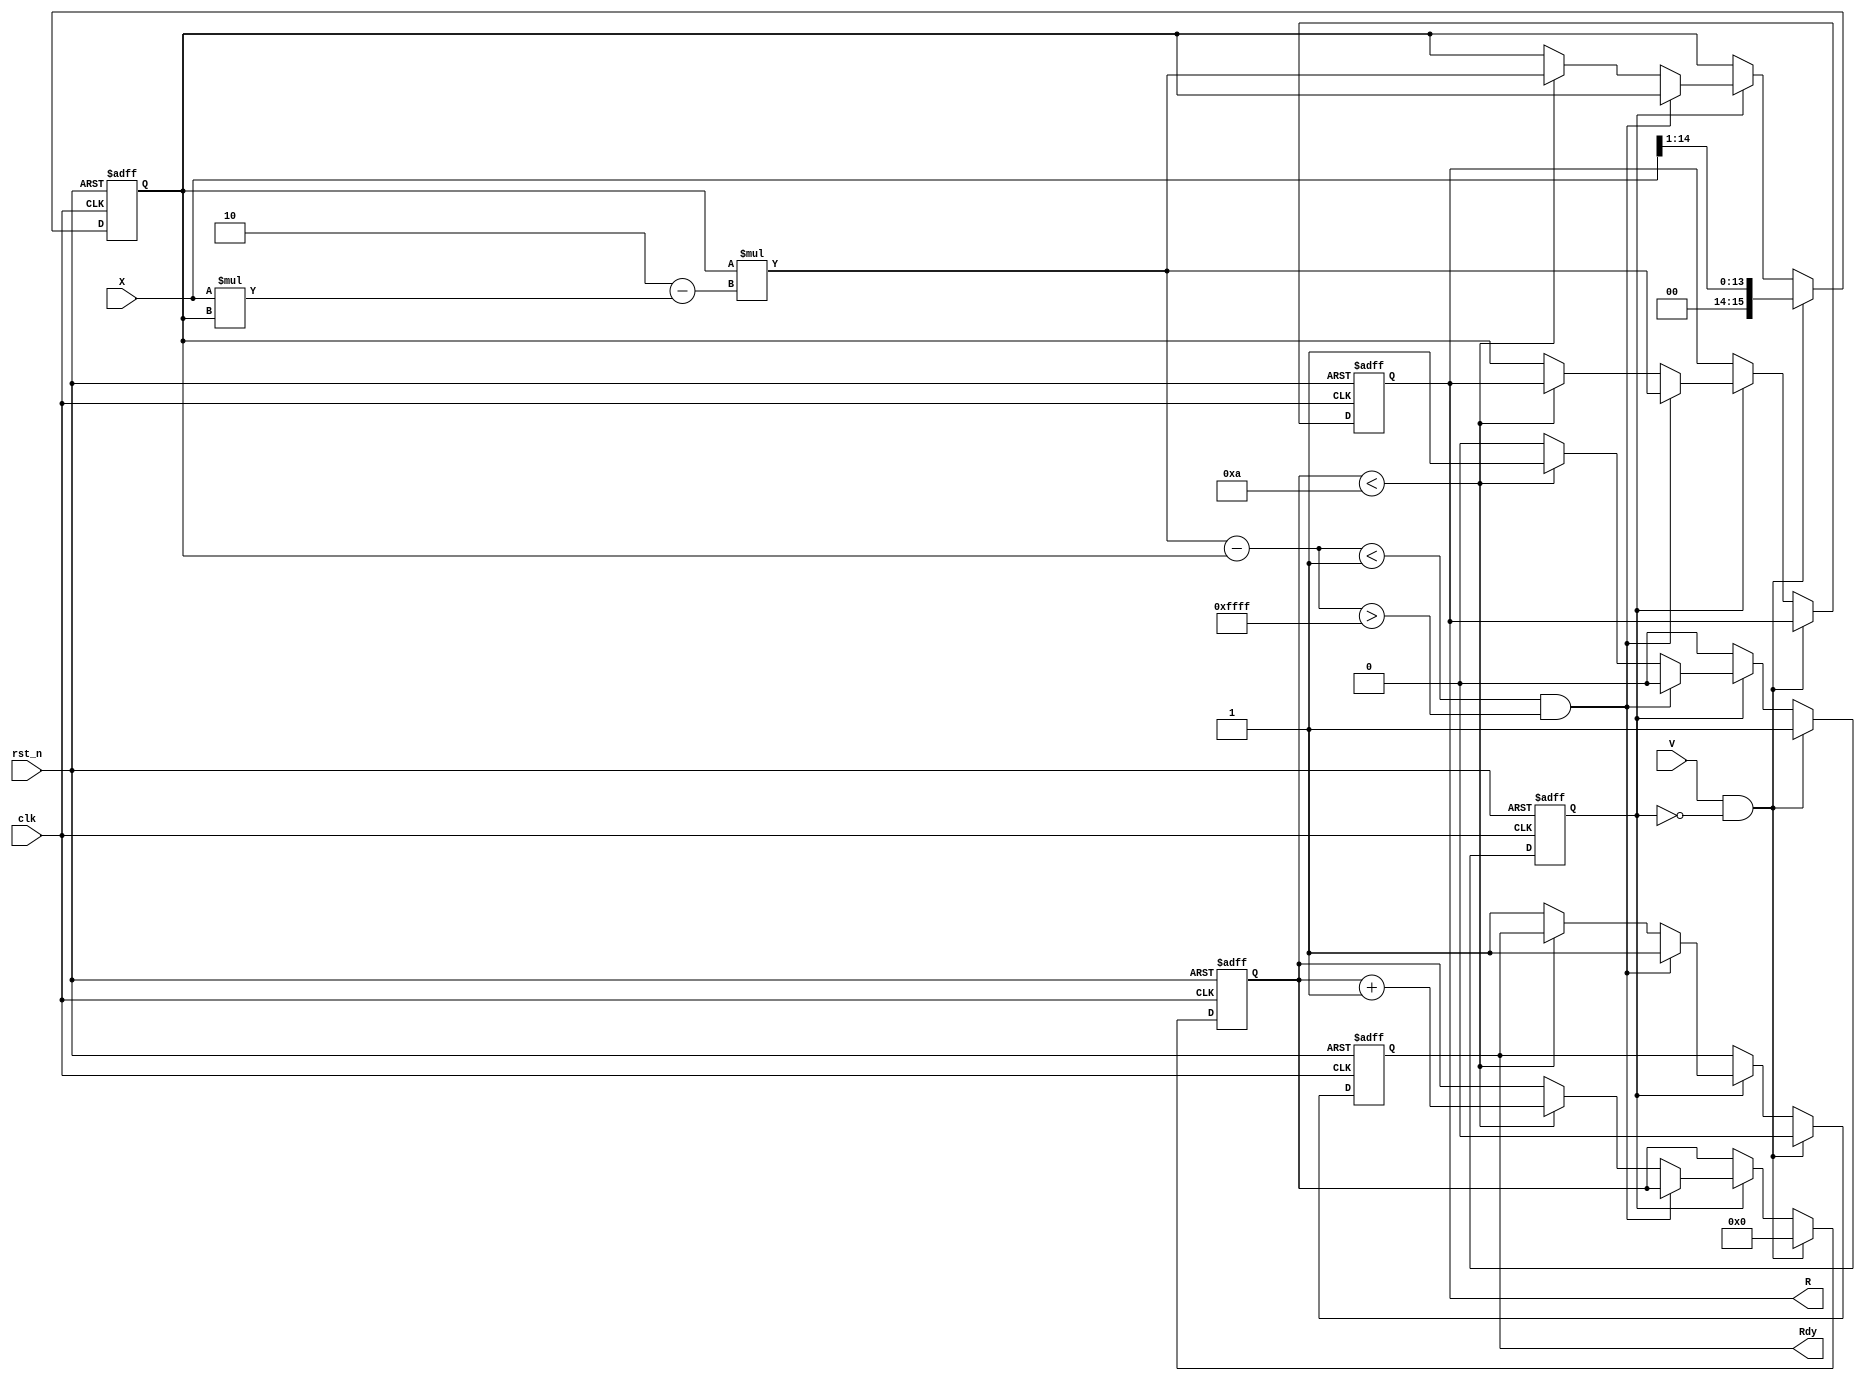
module iterative_reciprocal #(
    parameter N = 16,          // Bit-width for input and output
    parameter MAX_ITER = 10,   // Maximum number of iterations
    parameter THRESHOLD = 16'h0001 // Convergence threshold
)(
    input wire clk,            // Clock signal
    input wire rst_n,          // Active low reset
    input wire [N-1:0] X,      // Input value (0 < X < 1)
    input wire V,              // Valid signal
    output reg [N-1:0] R,      // Output reciprocal
    output reg Rdy             // Ready signal
);

    reg [N-1:0] R_est;         // Current estimate of the reciprocal
    reg [N-1:0] R_next;        // Next estimate of the reciprocal
    reg [N-1:0] delta;         // Difference between estimates
    reg [3:0] iter_count;      // Iteration counter
    reg computing;             // Flag to indicate computation state

    // Initialize the reciprocal estimate on valid input
    always @(posedge clk or negedge rst_n) begin
        if (!rst_n) begin
            R <= 0;
            Rdy <= 0;
            R_est <= 0;
            iter_count <= 0;
            computing <= 0;
        end else if (V && !computing) begin
            // Start computation
            R_est <= {1'b0, X[N-2:1]}; // Initial estimate (approximation)
            iter_count <= 0;
            computing <= 1;
            Rdy <= 0;
        end else if (computing) begin
            // Iterative process
            R_next = R_est * (2 - X * R_est); // Newton-Raphson update
            delta = R_next - R_est;

            // Check for convergence
            if (delta < THRESHOLD && delta > -THRESHOLD) begin
                R <= R_next; // Final result
                Rdy <= 1;    // Output is ready
                computing <= 0; // Stop computing
            end else if (iter_count < MAX_ITER) begin
                R_est <= R_next; // Update estimate
                iter_count <= iter_count + 1; // Increment iteration count
            end else begin
                // Max iterations reached, output current estimate
                R <= R_est;
                Rdy <= 1; // Output is ready
                computing <= 0; // Stop computing
            end
        end
    end

endmodule